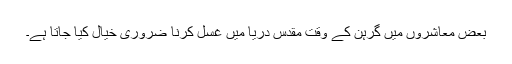
بعض معاشروں میں گرہن کے وقت مقدس دریا میں غسل کرنا ضروری خیال کیا جاتا ہے۔